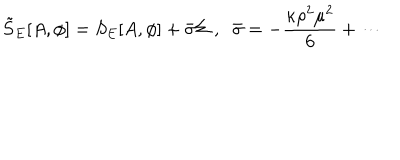
LaTeX: \tilde { S } _ { E } [ A , \phi ] = S _ { E } [ A , \phi ] + \bar { \sigma } \Sigma \; , \; \; \bar { \sigma } = - \frac { \kappa \rho ^ { 2 } \mu ^ { 2 } } { 6 } + \cdots